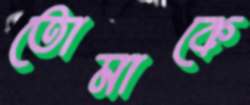
তোমাকে